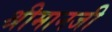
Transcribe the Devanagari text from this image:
श्रीमानजी